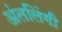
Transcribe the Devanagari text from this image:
अंतलिंगी